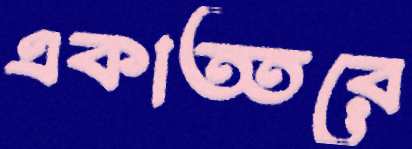
একাত্তরে